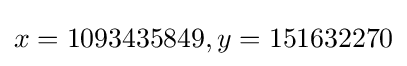
x=1093435849,y=151632270